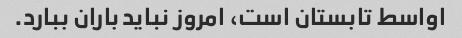
اواسط تابستان است، امروز نباید باران ببارد.